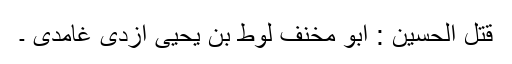
قتل الحسین : ابو مخنف لوط بن یحیی اُزدی غامدی ۔